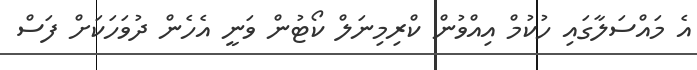
އެ މައްސަލާގައި ހުކުމް އިއްވުން ކްރިމިނަލް ކޯޓުން ވަނީ އެހެން ދުވަހަކަށް ފަސް